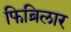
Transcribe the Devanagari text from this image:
फिब्रिलार